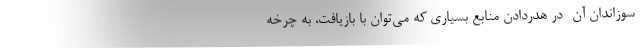
سوزاندان آن- در هدر‌دادن منابع بسیاری که می‌توان با بازیافت، به چرخه